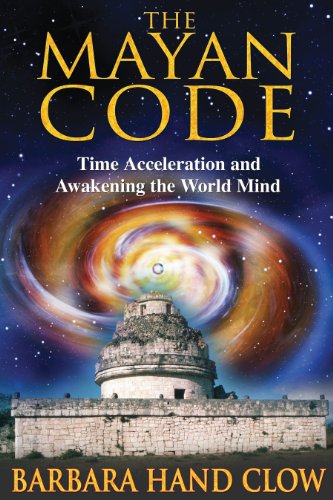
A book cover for The Mayan Code: Time Acceleration and Awakening the World Mind; Barbara Hand Clow; Science & Math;